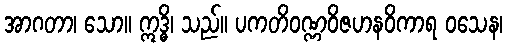
အာဂတာ၊ သော။ ဣဒ္ဓိ၊ သည်။ ပကတိဝဏ္ဏဝိဇဟနဝိကာရ ဝသေန၊